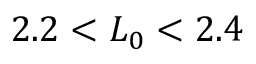
2 . 2 < L _ { 0 } < 2 . 4